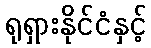
ရုရှားနိုင်ငံနှင့်